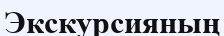
Экскурсияның